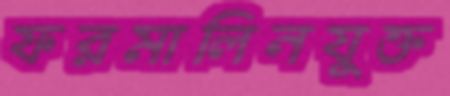
ফরমালিনযুক্ত